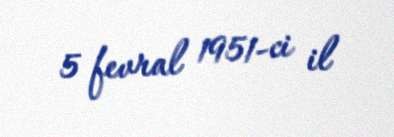
5 fevral 1951-ci il